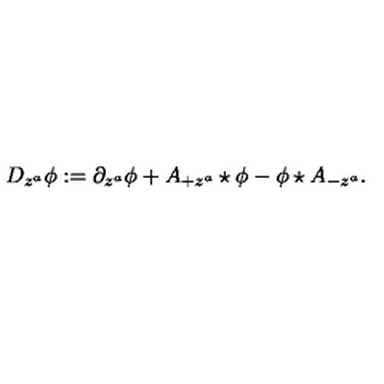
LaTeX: D _ { z ^ { a } } \phi : = \partial _ { z ^ { a } } \phi + A _ { + z ^ { a } } \star \phi - \phi \star A _ { - z ^ { a } } .